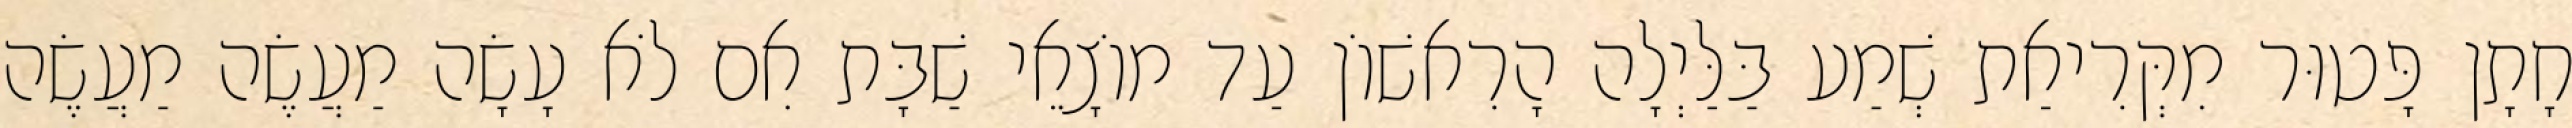
חָתָן פָּטוּר מִקְּרִיאַת שְׁמַע בַּלַּיְלָה הָרִאשׁוֹן עַד מוֹצָאֵי שַׁבָּת אִם לֹא עָשָׂה מַעֲשֶׂה מַעֲשֶׂה